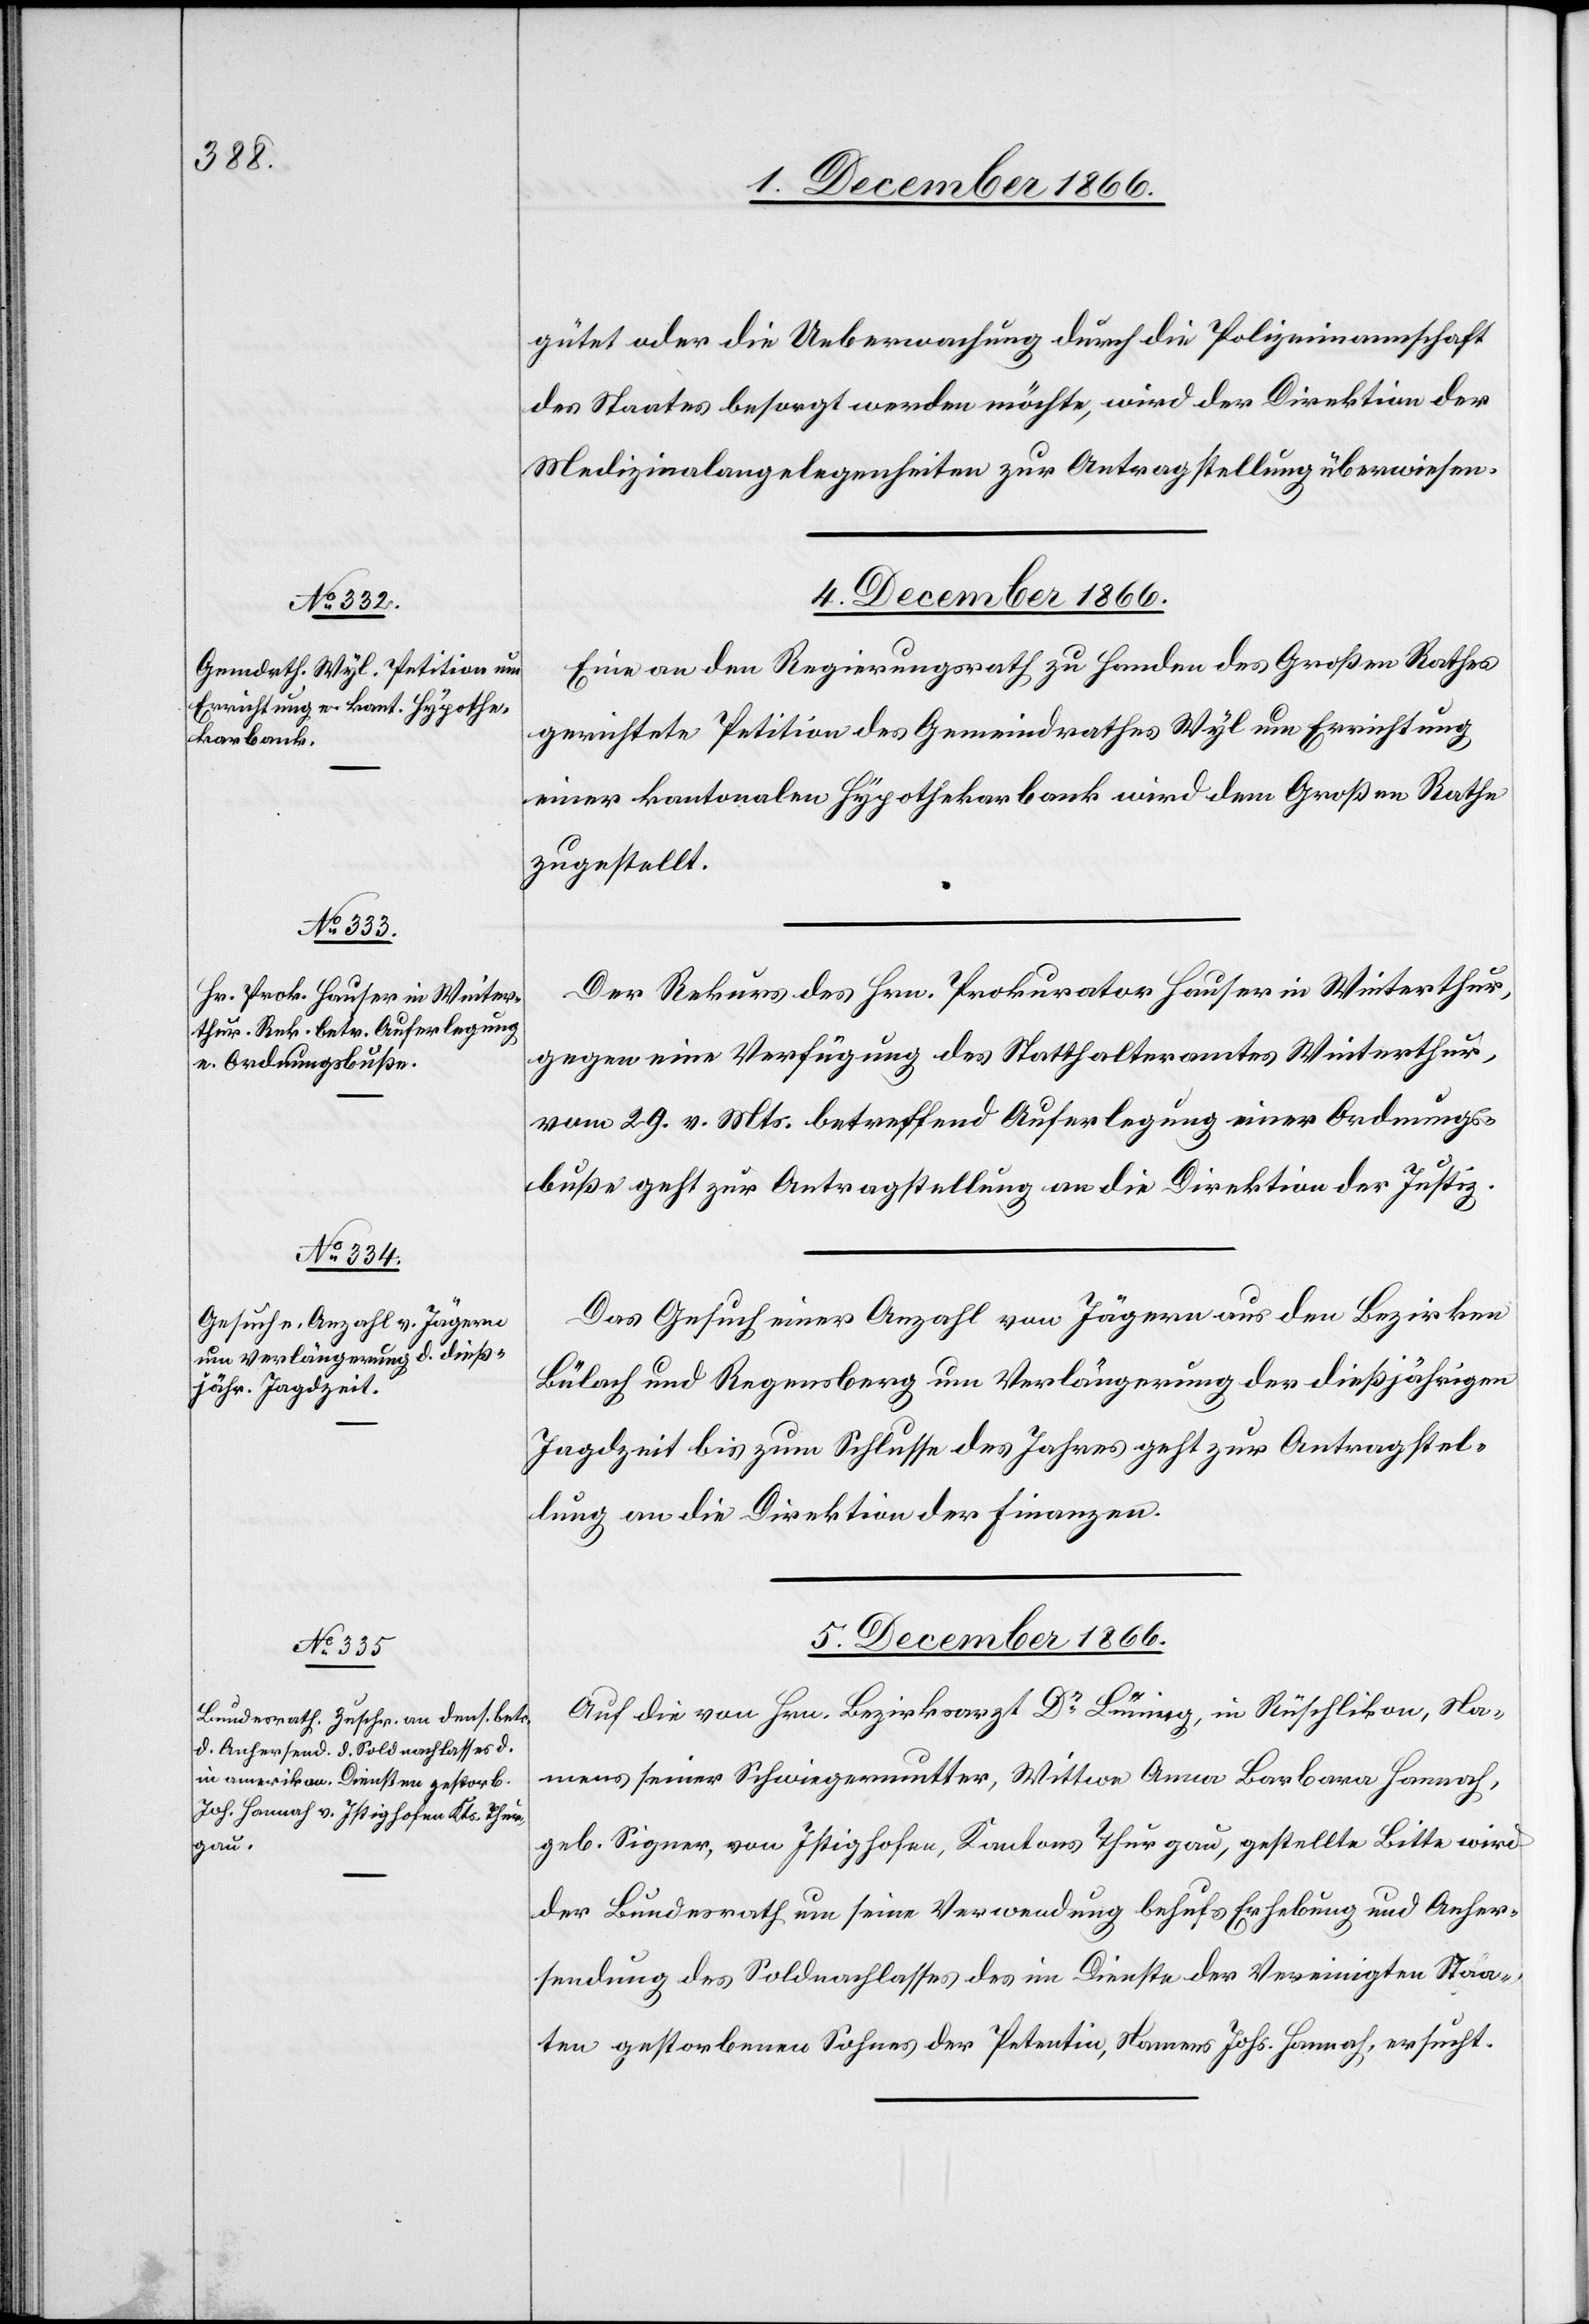
gütet oder die Ueberwachung durch die Polizeimannschaft
des Staates besorgt werden möchte, wird der Direktion der
Medizinalangelegenheiten zur Antragstellung überwiesen.
4. Dezember 1866.]
Eine an den Regierungsrath zu Handen des Großen Rathes
gerichtete Petition des Gemeindrathes Wyl um Errichtung
einer kantonalen Hypothekarbank wird dem Großen Rathe
zugestellt.
Der Rekurs des Hrn. Prokurator Hauser in Winterthur,
gegen eine Verfügung des Statthalteramtes Winterthur
vom 29. v. Mts. betreffend Auferlegung einer Ordnungs¬
buße geht zur Antragstellung an die Direktion der Justiz.
Das Gesuch einer Anzahl von Jägern aus den Bezirken
Bülach und Regensberg um Verlängerung der dießjährigen
Jagdzeit bis zum Schlusse des Jahres geht zur Antragstel¬
lung an die Direktion der Finanzen.
5. Dezember 1866.
Auf die von Hrn. Bezirksarzt Dr. Lüning, in Rüschlikon, Na¬
mens seiner Schwiegermutter, Wittwe Anna Barbara Hannah,
geb. Signer, von Istighofen, Kantons Thurgau, gestellte Bitte wird
der Bundesrath um seine Verwendung behufs Erhebung und Anher¬
sendung des Soldnachlasses des im Dienste der Vereinigten Staa¬
ten gestorbenen Sohnes der Petentin, Namens Johs. Hannah, ersucht.